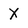
Character: x